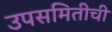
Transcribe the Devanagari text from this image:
उपसमितीची